Reports on dispensaries and lunatic asylums in the Province of Oudh - 1869-1876
Year: 1869
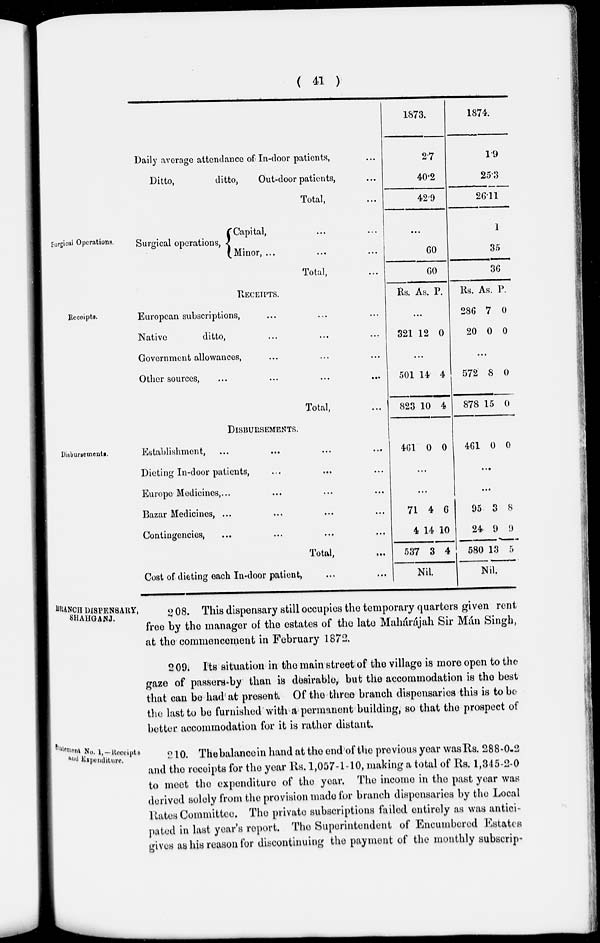
( 41 )
Daily average attendance of In-door patients, ...
Ditto,
ditto,
Out-door patients, ...
Total, ...
1873.
2.7
40.2
42.9
1874.
1.9
25.3
26.11
Surgical Operations.
Surgical operations,
Capital,
Minor, ...
... ...
... ...
Total, ...
...
60
60
1
35
36
Receipts.
RECEIPTS.
European subscriptions, ... ... ...
Native
ditto, ... ... ...
Government allowances, ... ... ...
Other sources, ... ... ... ...
Total, ...
Rs. As. P.
...
321 12 0
...
501
823
14
10
4
4
Rs.
286
20
As.
7
0
P.
0
0
...
572
878
8
15
0
0
Disbursements.
DISBURSEMENTS.
Establishment, ... ... ... ...
Dieting In-door patients, ... ... ...
Europe Medicines, ... ... ... ...
Bazar Medicines, ... ... ... ...
Contingencies, ... ... ... ...
Total, ...
Cost of dieting each In-door patient, ... ...
461 0 0
...
...
71
4
537
4
14
3
6
10
4
Nil.
461 0 0
...
...
95
24
580
3
9
13
8
9
5
Nil.
BRANCH DISPENSARY,
SHAHGANJ.
208. This dispensary still occupies the temporary quarters given rent
free by the manager of the estates of the late Mahárájah Sir Mán Singh,
at the commencement in February 1872.
209. Its situation in the main street of the village is more open to the
gaze of passers-by than is desirable, but the accommodation is the best
that can be had at present. Of the three branch dispensaries this is to be
the last to be furnished with a permanent building, so that the prospect of
better accommodation for it is rather distant.
Statement No. 1,—Receipts
and Expenditure.
210. The balance in hand at the end of the previous year was Rs. 288-0-2
and the receipts for the year Rs. 1,057-1-10, making a total of Rs. 1,345-2-0
to meet the expenditure of the year. The income in the past year was
derived solely from the provision made for branch dispensaries by the Local
Rates Committee. The private subscriptions failed entirely as was antici-
pated in last year's report. The Superintendent of Encumbered Estates
gives as his reason for discontinuing the payment of the monthly subscrip-